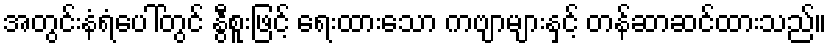
အတွင်းနံရံပေါ်တွင် နွီစူးဖြင့် ရေးထားသော ကဗျာများနှင့် တန်ဆာဆင်ထားသည်။